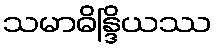
သမာဓိန္ဒြိယဿ